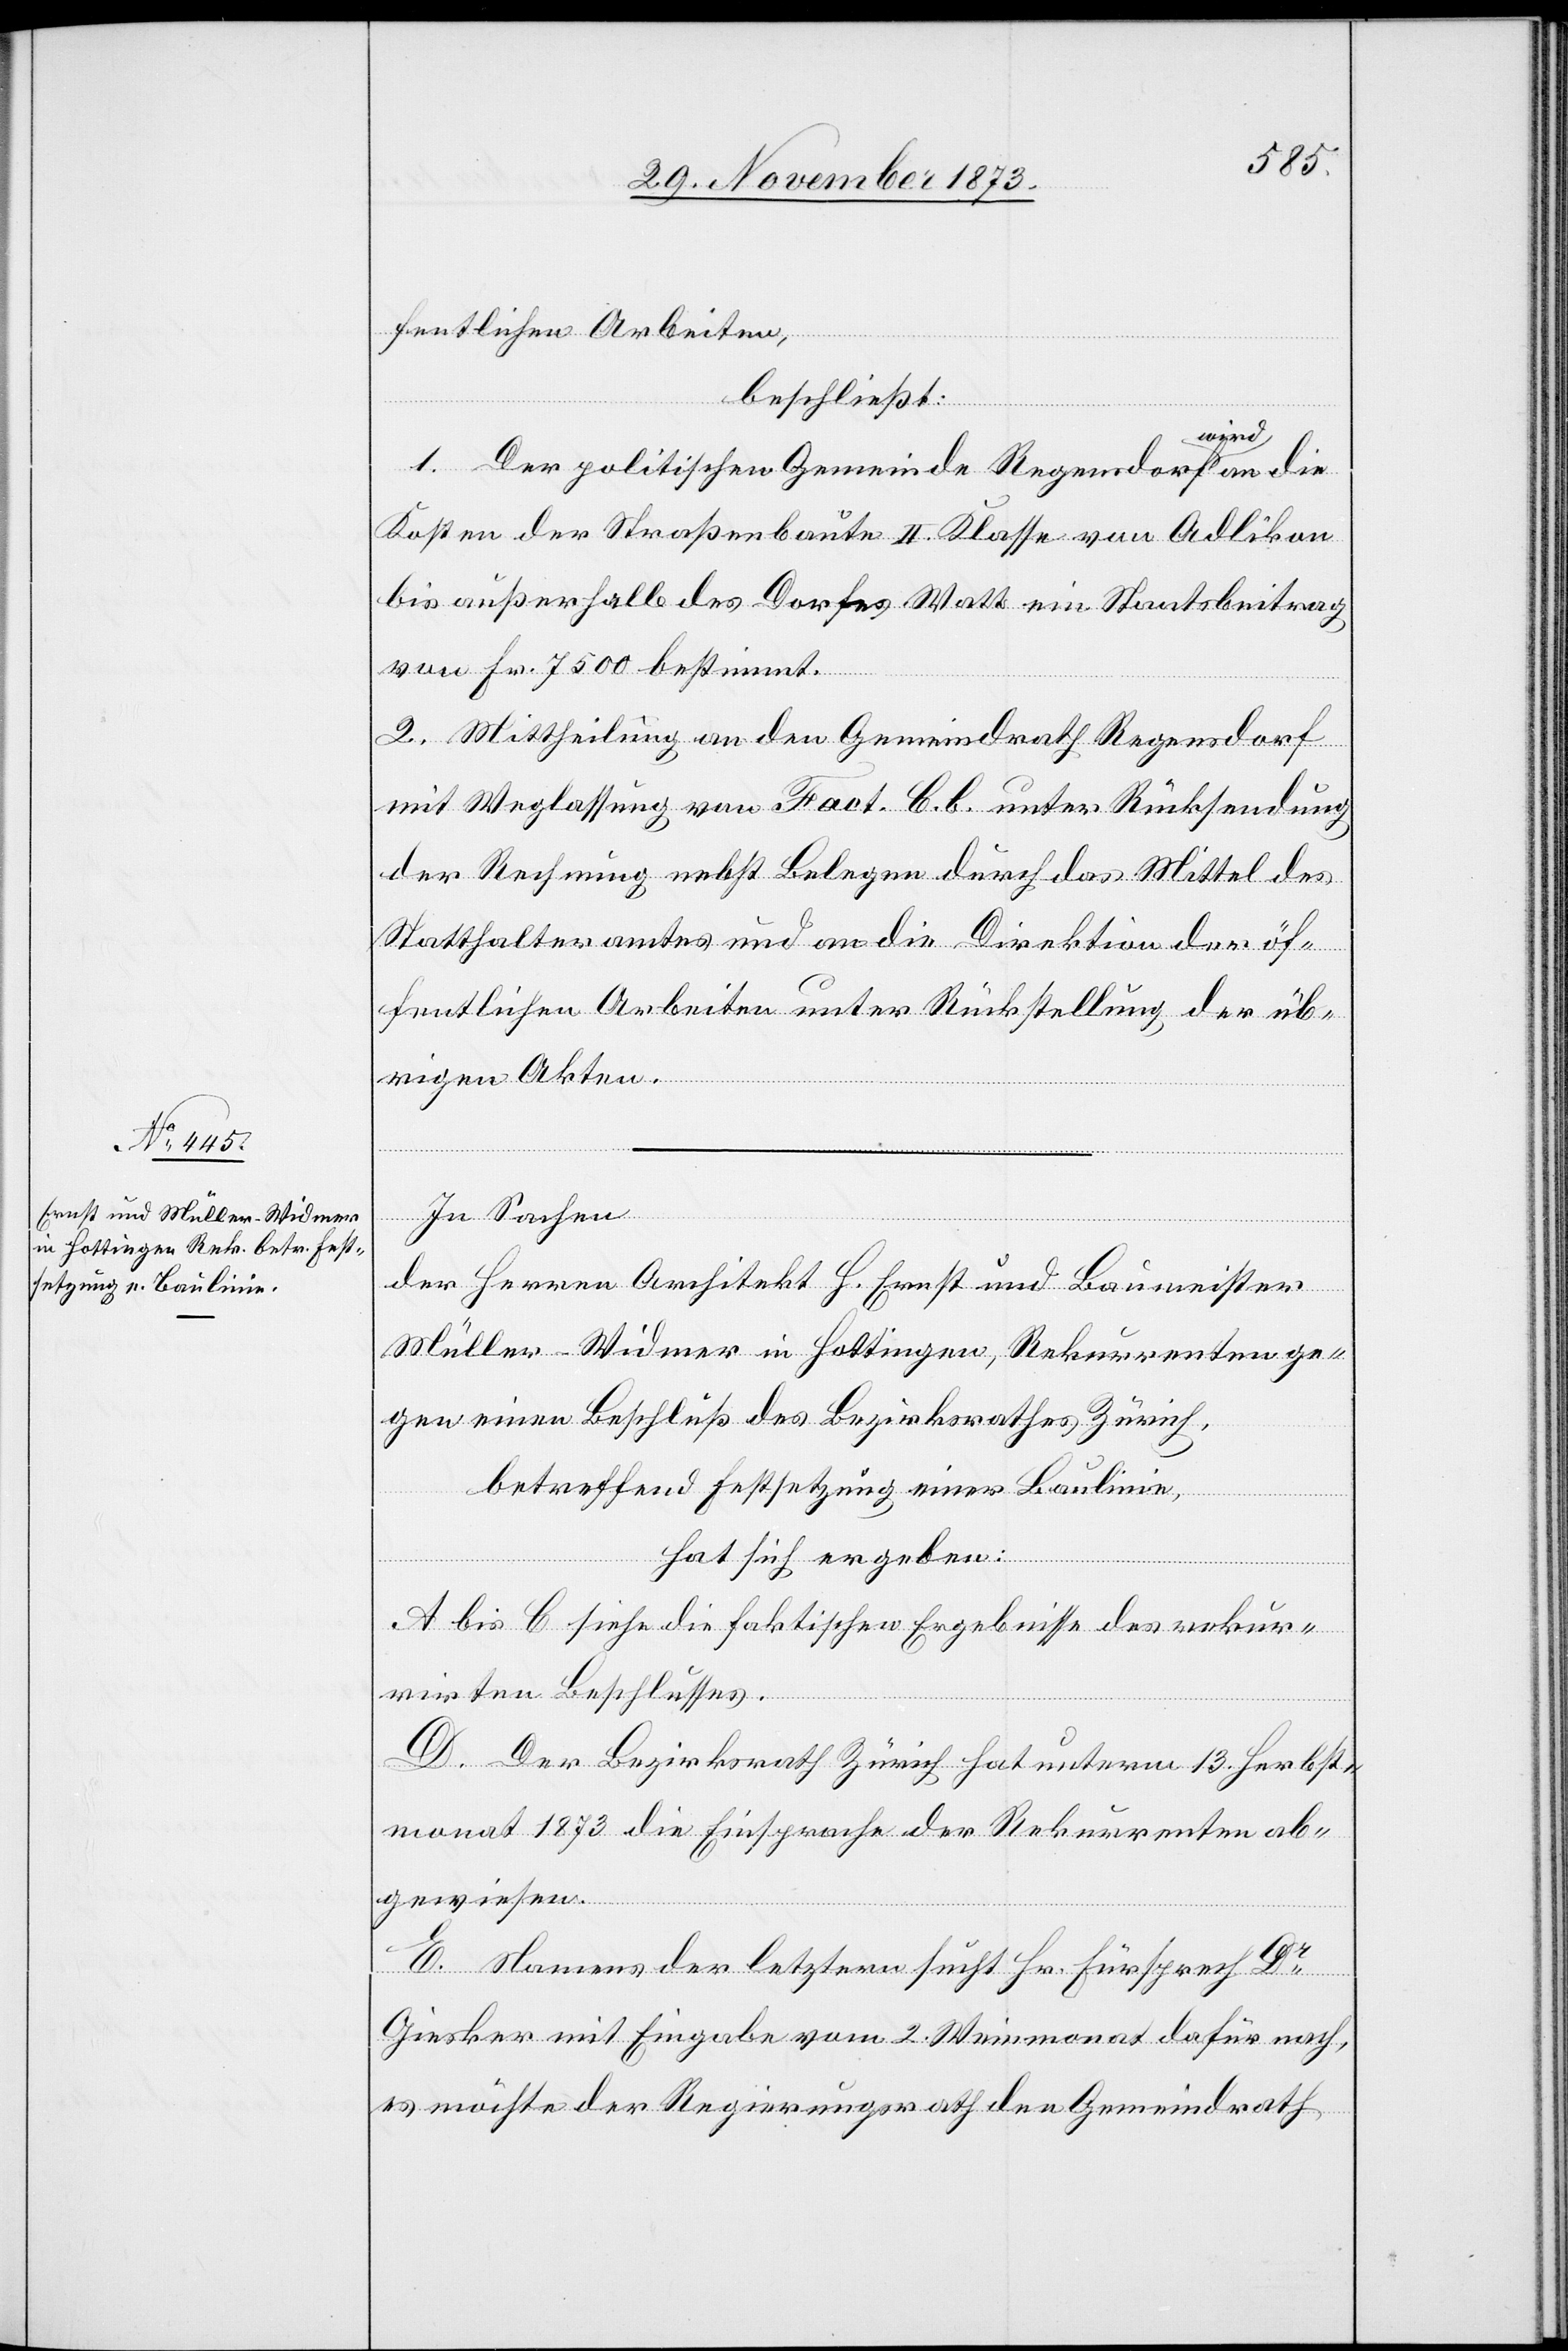
fentlichen Arbeiten,
beschließt:
1. Der politischen Gemeinde Regensdorf wird an die
Kosten der Straßenbaute II. Klasse von Adlikon
bis außerhalb des Dorfes Watt ein Staatsbeitrag
von Fr. 7 500 bestimmt.
2. Mittheilung an den Gemeindrath Regensdorf
mit Weglassung von Fact. C. b. unter Rücksendung
der Rechnung nebst Belegen durch das Mittel des
Statthalteramtes und an die Direktion der öf¬
fentlichen Arbeiten unter Rückstellung der üb¬
rigen Akten.
In Sachen
der Herren Architekt H. Ernst und Baumeister
Müller-Widmer in Hottingen, Rekurrenten ge¬
gen einen Beschluß des Bezirksrathes Zürich,
betreffend Festsetzung einer Baulinie,
hat sich ergeben:
A bis C siehe die faktischen Ergebnisse des rekur¬
rirten Beschlusses.
D. Der Bezirksrath Zürich hat unterm 13. Herbst¬
monat 1873 die Einsprache der Rekurrenten ab¬
gewiesen.
E. Namens der letztern sucht Hr. Fürsprech Dr
Giesker mit Eingabe vom 2. Weinmonat dafür nach,
es möchte der Regierungsrath den Gemeindrath